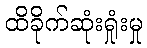
ထိခိုက်ဆုံးရှုံးမှု